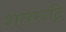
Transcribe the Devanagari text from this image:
शतरुद्रि